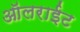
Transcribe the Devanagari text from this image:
ऑलराईट